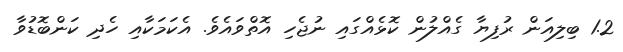
1.2 ބިލިއަން ރުފިޔާ ގެއްލުން ކޮޅެއްގައި ނުޖެހި އޮތްވައެވެ. އެކަމަކާއި ހެދި ކަންބޮޑުވާ